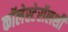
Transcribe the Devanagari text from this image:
कॉलेस्टेरॉलशी